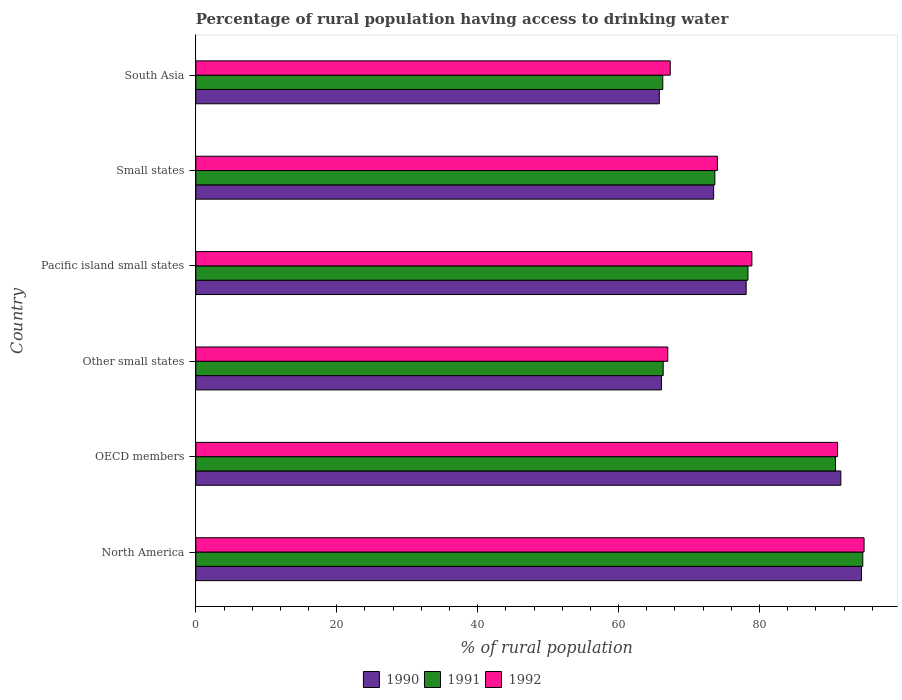
| Country | 1990 | 1991 | 1992 |
 | --- | --- | --- | --- |
 | North America | 94.5 | 94.7 | 94.8 |
 | OECD members | 91.5 | 90.8 | 91.1 |
 | Other small states | 66.1 | 66.3 | 67 |
 | Pacific island small states | 78.1 | 78.4 | 78.9 |
 | Small states | 73.5 | 73.7 | 74 |
 | South Asia | 65.8 | 66.3 | 67.3 |